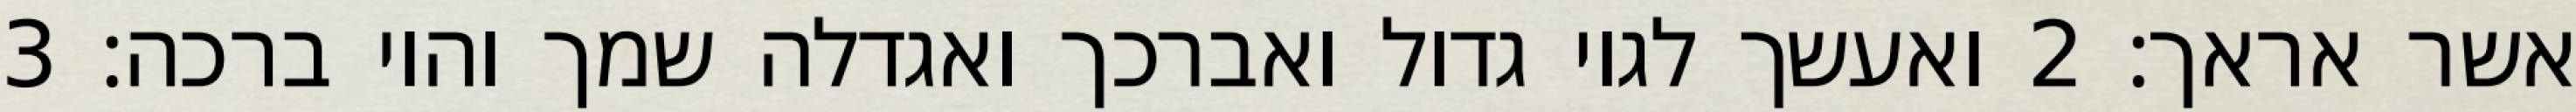
אשר אראך׃ ‎2‏ ואעשך לגוי גדול ואברכך ואגדלה שמך והוי ברכה׃ ‎3‏